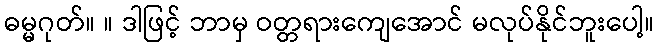
ဓမ္မဂုတ်။ ။ ဒါဖြင့် ဘာမှ ဝတ္တရားကျေအောင် မလုပ်နိုင်ဘူးပေါ့။